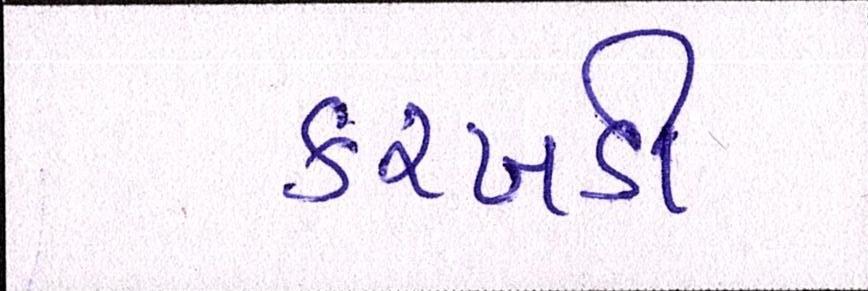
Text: કરખડી